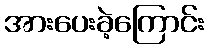
အားပေးခဲ့ကြောင်း